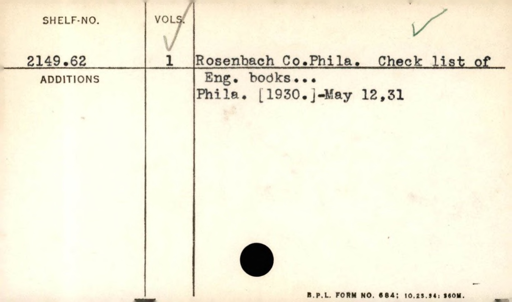
Label: content